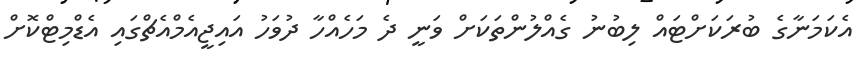
އެކަމަނާގެ ބުރަކަށްޓައް ލިބުނު ގެއްލުންތަކަށް ވަނީ ދެ މަހެއްހާ ދުވަހު އައިޖީއެމްއެޗްގައި އެޑްމިޓްކޮށް